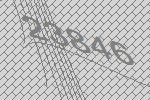
23846